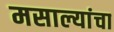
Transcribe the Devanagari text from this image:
मसाल्यांचा